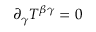
\partial _ { \gamma } T ^ { \beta \gamma } = 0